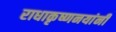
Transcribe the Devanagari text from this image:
राधाकृष्णनयांनी